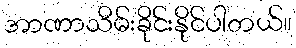
အာဏာသိမ်းခိုင်းနိုင်ပါတယ်။